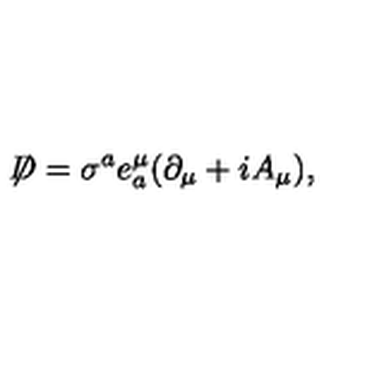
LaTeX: \not \! \! D = \sigma ^ { a } e _ { a } ^ { \mu } ( \partial _ { \mu } + i A _ { \mu } ) ,